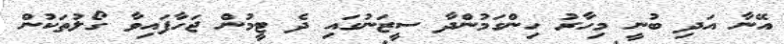
އޭނާ އަދި ބުނީ މިހާރު ހިންގަމުންދާ ސީޒަނުގައި ދެ ޓީމުން ޖަހާފައިވާ ގޯލުތަކުން